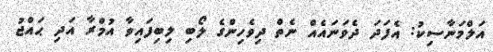
އަލްމަނާސިކު: އެފަދަ ދެވަނައެއް ނެތް ދިވެހިންގެ ލޯބި ލިބިފައިވާ އުމްރާ އަދި ޙައްޖު